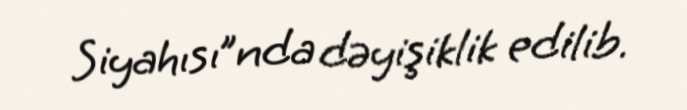
Siyahısı”nda dəyişiklik edilib.